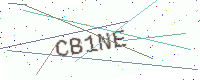
Text: CB1NE